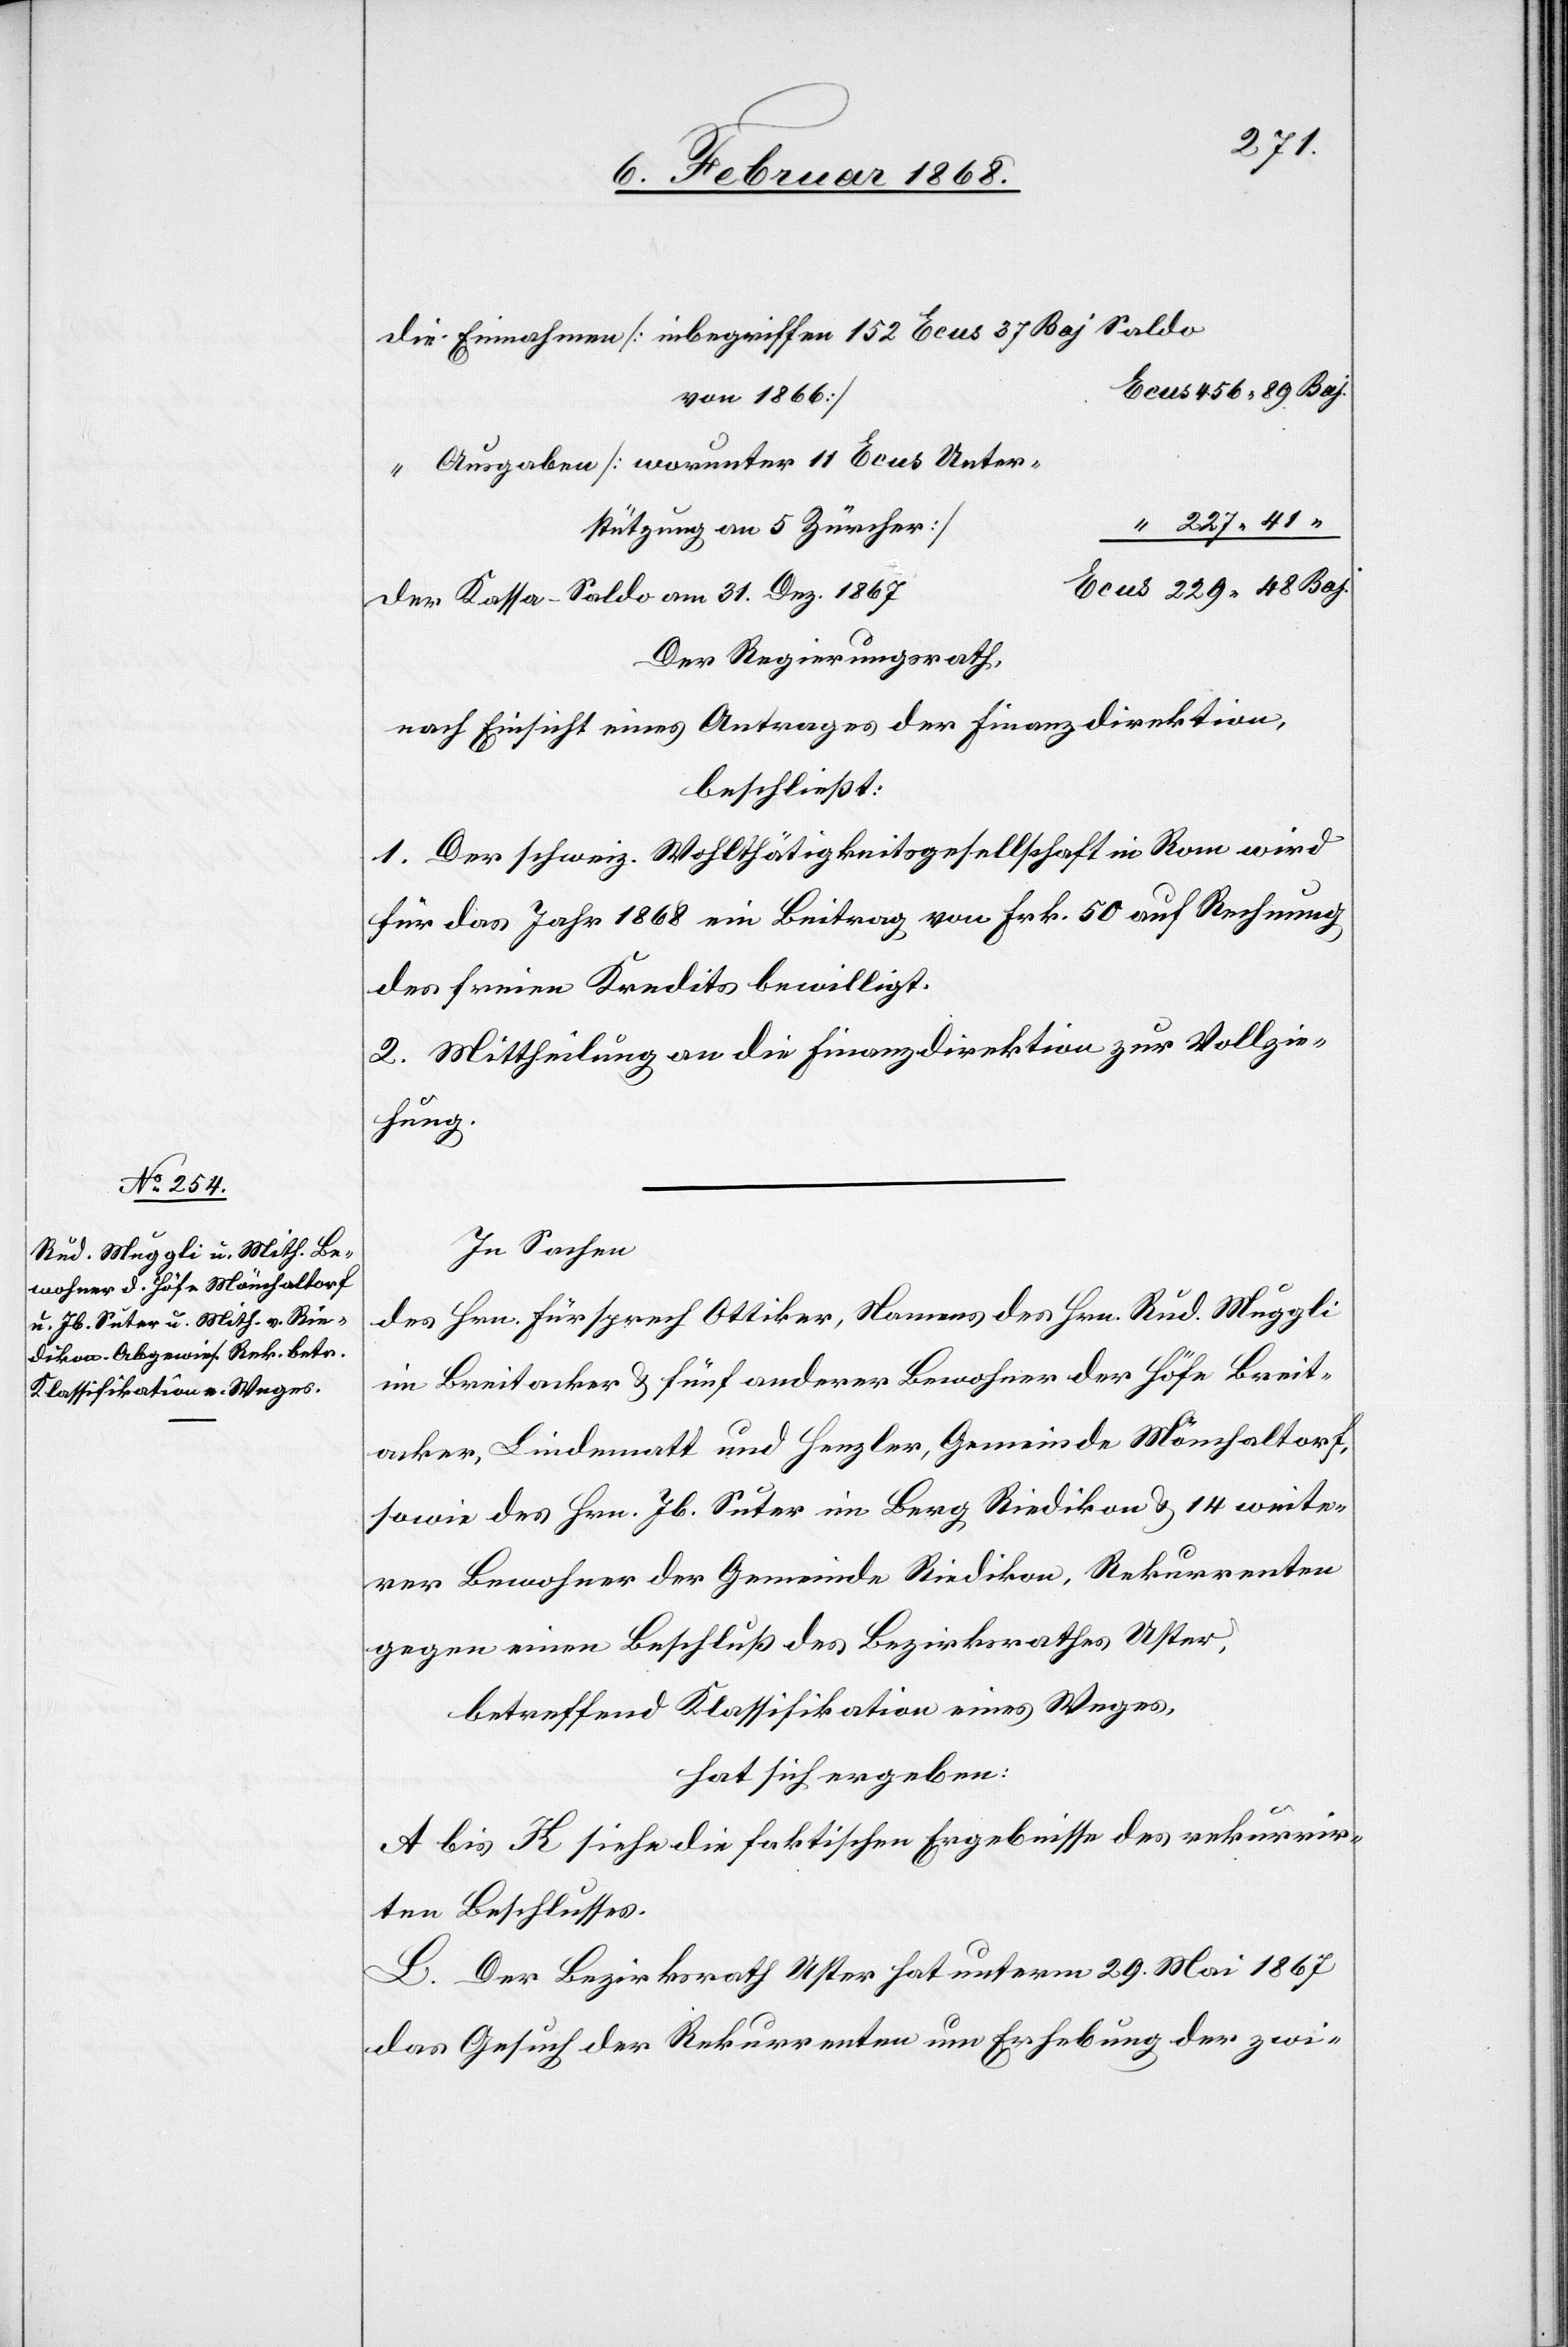
die Einnahmen [inbegriffen 152 Ecus 37 Baj Saldo
Ecus 456. 89 Baj.
von 1866]
“ Ausgaben [worunter 11 Ecus Unter¬
“ 227. 41
stützung an 5 Zürcher]
Ecus 229. 48 Baj.
der Kassa-Saldo am 31. Dez. 1867
Der Regierungsrath,
nach Einsicht eines Antrages der Finanzdirektion,
beschließt:
1. Der schweiz. Wohlthätigkeitsgesellschaft in Rom wird
für das Jahr 1868 ein Beitrag von Frk. 50 auf Rechnung
des freien Kredits bewilligt.
2. Mittheilung an die Finanzdirektion zur Vollzie¬
hung.
In Sachen
des Hrn. Fürsprech Ottiker, Namens des Hrn. Rud. Muggli
im Breitacker & fünf anderer Bewohner der Höfe Breit¬
acker, Linde[n]matt und Henzler, Gemeinde Mönchaltorf,
sowie des Hrn. Jb. Suter im Berg Riedikon & 14 weite¬
rer Bewohner der Gemeinde Riedikon, Rekurrenten
gegen einen Beschluß des Bezirksrathes Uster,
betreffend Klassifikation eines Weges,
hat sich ergeben:
A bis K siehe die faktischen Ergebnisse des rekurrir¬
ten Beschlusses.
L. Der Bezirksrath Uster hat unterm 29. Mai 1867
das Gesuch der Rekurrenten um Erhebung der zwi-